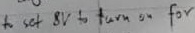
Text: to set 8V to turn on for